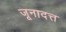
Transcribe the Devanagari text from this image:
जूनादत्त